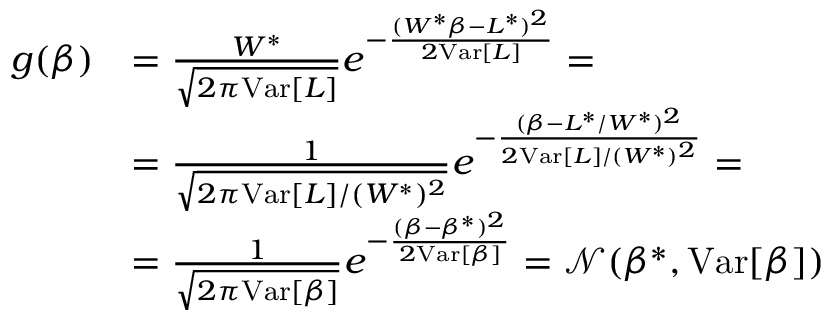
\begin{array} { r l } { g ( \beta ) } & { = \frac { W ^ { * } } { \sqrt { 2 \pi \mathrm { V a r } [ L ] } } e ^ { - \frac { ( W ^ { * } \beta - L ^ { * } ) ^ { 2 } } { 2 \mathrm { V a r } [ L ] } } = } \\ & { = \frac { 1 } { \sqrt { 2 \pi \mathrm { V a r } [ L ] / ( W ^ { * } ) ^ { 2 } } } e ^ { - \frac { ( \beta - L ^ { * } / W ^ { * } ) ^ { 2 } } { 2 \mathrm { V a r } [ L ] / ( W ^ { * } ) ^ { 2 } } } = } \\ & { = \frac { 1 } { \sqrt { 2 \pi \mathrm { V a r } [ \beta ] } } e ^ { - \frac { ( \beta - \beta ^ { * } ) ^ { 2 } } { 2 \mathrm { V a r } [ \beta ] } } = \mathcal { N } ( \beta ^ { * } , \mathrm { V a r } [ \beta ] ) } \end{array}